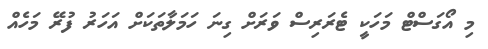
މި އޯގަސްޓް މަހަކީ ޓެރަރިސް ވަރަށް ގިނަ ހަމަލާތަކަށް އަހަރު ފުރޭ މަހެއް